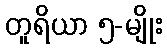
တူရိယာ ၅-မျိုး